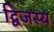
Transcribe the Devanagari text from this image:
द्विजस्य